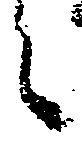
々